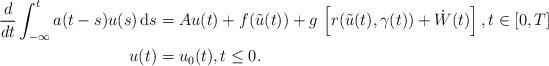
LaTeX: \begin{align*} \begin{aligned} \frac{d}{dt} \int_{-\infty}^t a(t-s)u(s) \, {\rm d}s &= A u(t) + f(\tilde{u}(t))+ g\, \left[r(\tilde u(t),\gamma(t)) + \dot W(t)\right], t \in [0,T] \\ u(t) &= u_0(t), t \le 0. \end{aligned}\end{align*}